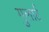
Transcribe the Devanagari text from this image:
गुलार्ट